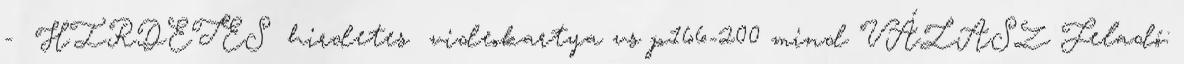
- HIRDETES hirdetes videokartya vs p166-200 mind VÁLASZ Feladó: